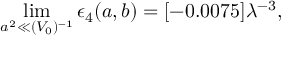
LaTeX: \operatorname * { l i m } _ { a ^ { 2 } \ll ( V _ { 0 } ) ^ { - 1 } } \epsilon _ { 4 } ( a , b ) = [ - 0 . 0 0 7 5 ] \lambda ^ { - 3 } ,